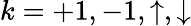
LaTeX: k={+}1,{-}1,\uparrow,\downarrow